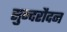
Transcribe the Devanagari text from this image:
सुन्दरौदन